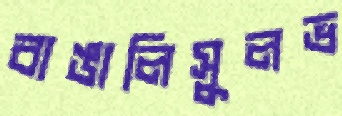
বাঙালিসুলভ